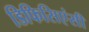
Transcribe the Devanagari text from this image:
डिफिसिएंसी